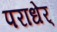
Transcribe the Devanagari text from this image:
पराधेर्